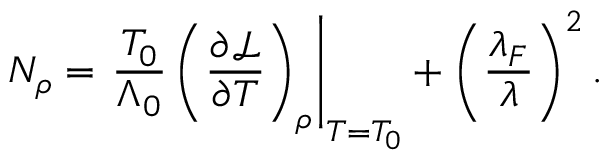
N _ { \rho } = \left. \frac { T _ { 0 } } { \Lambda _ { 0 } } \left( \frac { \partial \mathcal { L } } { \partial T } \right) _ { \rho } \right\vert _ { T = T _ { 0 } } + \left( \frac { \lambda _ { F } } { \lambda } \right) ^ { 2 } .